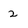
Character: 2